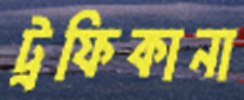
ট্রফিকানা